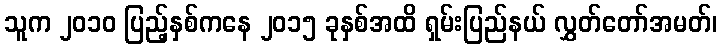
သူက ၂၀၁၀ ပြည့်နှစ်ကနေ ၂၀၁၅ ခုနှစ်အထိ ရှမ်းပြည်နယ် လွှတ်တော်အမတ်၊